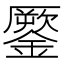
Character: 𨬐